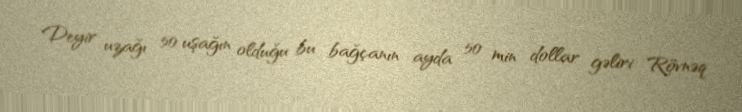
Deyir uzağı 50 uşağın olduğu bu bağçanın ayda 50 min dollar gəliri Rövnəq